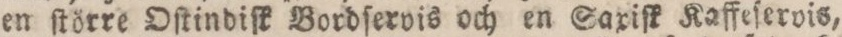
en ſtörre Oſtindiſk Bordſerois och en Saxiſk Kaffeſerois,